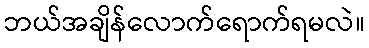
ဘယ်အချိန်လောက်ရောက်ရမလဲ။